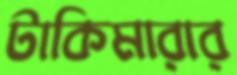
টাকিমারার